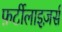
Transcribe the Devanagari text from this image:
फ़र्टीलाइज़र्स